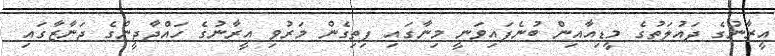
އީރާނުގެ ދައުލަތުގެ މީޑިއާއިން ބުނެފައިވަނީ މިނާގައި ފިތިގެން މަރުވި އީރާނުގެ ހައްޖާޖީންގެ ޖަނާޒާގައި